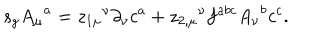
s _ { g } { A _ { \mu } } ^ { a } = { z _ { 1 \mu } } ^ { \nu } \partial _ { \nu } c ^ { a } + { z _ { 2 , \mu } } ^ { \nu } f ^ { a b c } { A _ { \nu } } ^ { b } c ^ { c } .